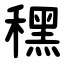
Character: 䆀